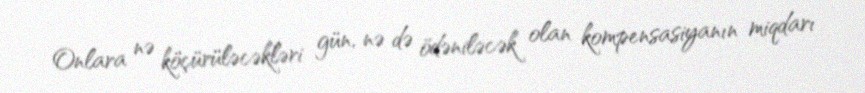
Onlara nə köçürüləcəkləri gün, nə də ödəniləcək olan kompensasiyanın miqdarı